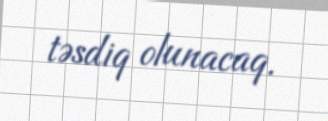
təsdiq olunacaq.